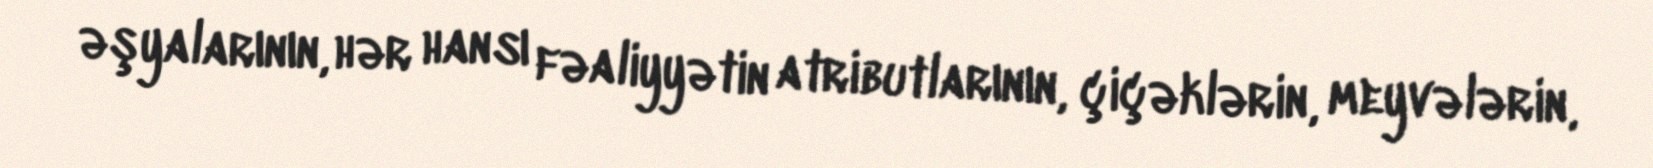
əşyalarının, hər hansı fəaliyyətin atributlarının, çiçəklərin, meyvələrin,